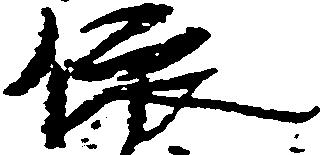
依